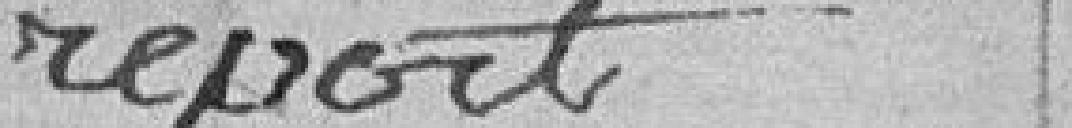
report